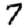
Digit: 7